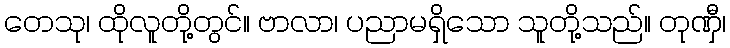
တေသု၊ ထိုလူတို့တွင်။ ဗာလာ၊ ပညာမရှိသော သူတို့သည်။ တုဏှီ၊